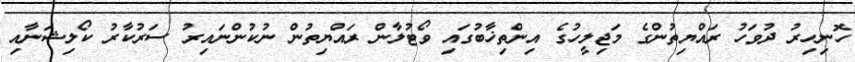
ހޮނިހިރު ދުވަހު ރައްޔިތުންގެ މަޖިލީހުގެ އިންތިޚާބުގައި ވޯޓުލާން ރައްޔިތުން ނުކުންނައިރު ސަރުކާރު ކޯލިޝަނާއި